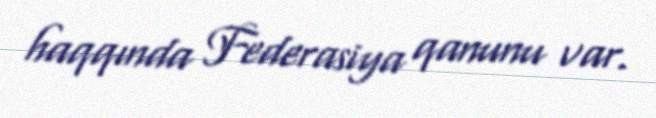
haqqında Federasiya qanunu var.